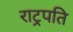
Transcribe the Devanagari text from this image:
राट्रपति